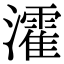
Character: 瀖